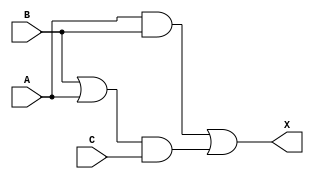
/*
 * Copyright 2020 The SkyWater PDK Authors
 *
 * Licensed under the Apache License, Version 2.0 (the "License");
 * you may not use this file except in compliance with the License.
 * You may obtain a copy of the License at
 *
 *     https://www.apache.org/licenses/LICENSE-2.0
 *
 * Unless required by applicable law or agreed to in writing, software
 * distributed under the License is distributed on an "AS IS" BASIS,
 * WITHOUT WARRANTIES OR CONDITIONS OF ANY KIND, either express or implied.
 * See the License for the specific language governing permissions and
 * limitations under the License.
 *
 * SPDX-License-Identifier: Apache-2.0
*/


`ifndef SKY130_FD_SC_LP__MAJ3_FUNCTIONAL_V
`define SKY130_FD_SC_LP__MAJ3_FUNCTIONAL_V

/**
 * maj3: 3-input majority vote.
 *
 * Verilog simulation functional model.
 */

`timescale 1ns / 1ps
`default_nettype none

`celldefine
module sky130_fd_sc_lp__maj3 (
    X,
    A,
    B,
    C
);

    // Module ports
    output X;
    input  A;
    input  B;
    input  C;

    // Local signals
    wire or0_out  ;
    wire and0_out ;
    wire and1_out ;
    wire or1_out_X;

    //  Name  Output     Other arguments
    or  or0  (or0_out  , B, A              );
    and and0 (and0_out , or0_out, C        );
    and and1 (and1_out , A, B              );
    or  or1  (or1_out_X, and1_out, and0_out);
    buf buf0 (X        , or1_out_X         );

endmodule
`endcelldefine

`default_nettype wire
`endif  // SKY130_FD_SC_LP__MAJ3_FUNCTIONAL_V